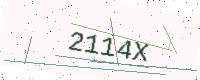
Text: 2114X